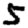
Digit: 5